Vaccination United Provinces of Agra and Oudh 1914-1922 - 1914-1922
Year: 1914
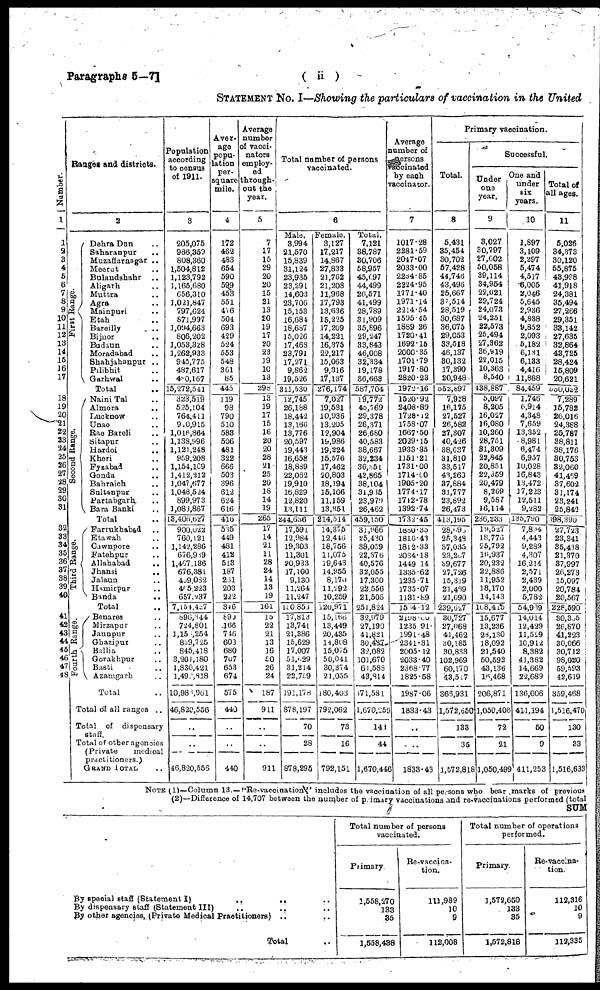
Paragraphs 5—71
( ii)
STATEMENT No. I—Showing the particulars of vaccination in the United
Number.
1
1
2 3
4
5
6
7
8
9
10
11 12
13
14
15
16
17
18
19
20
21
22
23
24
25
26
27
28
29
30
31
32
33
34
35
36
37
38
39
40
41
42
43
44
45
46
47
48
Ranges and districts.
2
First Range.
Second Range.
Third Range.
Fourth Range.
Dehra Dun ..
Saharanpur ..
Muzaffarnagar ..
Meerut ..
Bulandshahr ..
Aligarh ..
Muttra ..
Agra ..
Mainpuri ..
Etah ..
Bareilly
..
Bijnor ..
Budaun ..
Moradabad ..
Shahjahanpur ..
Pilibhit ..
Garhwal ..
Total ..
Naini Tal ..
Almora ..
Lucknow ..
Unao ..
Rae Bareli ..
Sitapur ..
Hardoi ..
Kheri ..
Fyzabad ..
Gonda ..
Bahraich ..
Sultanpur ..
Partabgarh ..
Bara Banki ..
Total ..
Farrukhabad ..
Etawah ..
Cawnpore ..
Fatehpur ..
Allahabad ..
Jhansi
..
Jalaun ..
Humirpur ..
Binda
..
Total ..
Benares ..
Mirzapur
Jaunpur ..
Ghazipur ..
Ballia ..
Gorakhpur ..
Basti ..
Azamgarh ..
Total ..
Total of all ranges ..
Total of dispensary
staff.
Total of other agencies
(Private medical
practitioners.)
GRAND TOTAL ..
Population
according
to census
of 1911.
3
205,075
986,359
808,360
1,504,812
1,123,792
1,165,680
656,310
1,021,847
797,624
871,997
1,094,663
806,202
1,053,328
1,262,933
945,775
487,617
480,167
15,272,541
323,519
525,104
764,411
910,915
1,016,864
1,138,996
1,121,248
959,208
1,154,109
1,412,212
1,041,677
1,048,524
899,973
1,083,867
13,406,627
900,022
760,121
1,142,286
676,939
1,467,136
676,381
409,082
465,223
657,237
7, 154,427
896,344
724,801
1,155,254
839,725
845,418
3,201,180
1,830,421
1,492,818
10,986,961
46,820,556
..
..
46,820,556
Aver¬
age
popu-
lation
per¬
square
mile.
4
172
462
483
654
590
599
453
551
476
504
693
429
524
553
548
361
85
445
119
98
790
510
583
506
481
322
666
503
396
612
624
616
416
535
449
481
412
513
187
261
203
222
346
890
166
746
603
680
707
653
674
575
440
..
..
440
Average
number
of vacci¬
nators
employ-
ed
through-
out the
year.
5
7
17
15
29
20
20
15
21
13
20
19
17
20
23
19
10
13
298
13
19
17
15
16
20
20
28
21
25
20
18
14
19
265
17
14
21
11
28
24
14
13
19
161
15
22
21
13
16
50
26
24
187
911
..
..
911
Total number of persons
vaccinated.
6
Male.
3,994
21,570
15,839
31,124
23,935
23,291
14,603
23,706
15,153
16,684
18,687
15,026
17,468
23,791
17,271
9,862
19,526
311,530
12,745
26,188
18,442
13,166
13,776
20,597
19,443
16,658
18,889
22,062
19,910
16,829
12,820
13,111
244,636
17,591
12,984
19,303
11,301
20,933
17,100
9,130
11,264
11,247
130,853
17,813
13,741
21,386
15,629
17,007
51,629
31,214
22,759
191,178
878,197
70
28
878,295
Female.
3,127
17,217
14,867
27,833
21,762
21,208
11,968
17,793
13,636
15,225
17,209
14,221
16,375
22,217
15,063
9,316
17,137
276,174
7,027
19,581
10,936
13,205
12,904
19,986
19,224
15,576
17,462
20,803
18,194
15,106
11,159
13,351
214,514
14,375
12,446
18,756
11,075
19,643
14,955
8,170
11,292
10,259
120,971
15,166
13,449
20,435
14,808
15,075
50,041
30,374
21,055
180,403
792,062
73
16
792,151
Total.
7,121
38,787
30,706
58,957
45,697
44,499
26,571
41,499
28,789
31,909
35,896
29,247
33,843
46,008
32,334
19,178
36,663
587,704
19,772
45,769
29,378
26,371
26,680
40,583
38,667
32,234
36,351
42,865
38,104
31,935
23,979
26,462
459,150
31,966
25,430
38,059
22,376
40,576
32,055
17,300
22,556
21,506
251,824
32,979
27,190
41,821
30,437
32,082
101,670
61,588
43,814
67l,58l
1,670,259
141
44
1,670,446
Average
number of
persons
vaccinated
by each
vaccinator.
7
1017.28
2281.59
2047.07
2033.00
2284.85
2224.95
1771.40
1971.14
2214.54
1595.45
1889.26
1720.41
1692.15
2000.35
1701.79
1917.80
2820.23
1972.16
1520.92
2408.89
1728.12
1758.07
1667.50
2029.15
1933.35
1151.21
1731.00
1714.60
1905.20
1774.17
1712.78
1392.74
1732.45
1880,35
1816.43
1812.33
2034.18
1449.14
1335.62
1235.71
1735.07
1131.89
1554.12
2189.00
1235.91
1991.48
2341.31
2005.12
2033.40
2368.77
1825.58
1987.06
1833.43
..
..
1833.43
Primary vaccination.
Total.
8
5,431
35,454
30,702
57,428
44,746
43,496
25,667
37,514
28,519
30,687
36,075
29,053
33,518
46,137
30,132
17,390
20,948
552,897
7,928
16,175
27,527
26,582
27,307
40,426
38,637
31,810
33,517
43,260
37,884
31,777
23,892
26,473
413,195
28,695
25,348
37,035
23,267
39,677
27,726
15,319
21,469
21,090
239,627
30,727
27,068
41,462
30,185
30,833
102,969
60,170
43,517
366,931
1,572,650
133
35
1,572.818
Successful.
Under
one
year.
9
3,027
30,797
27,602
50,058
39,114
34,954
22,021
29,724
24,073
24,251
22,573
25,494
27,362
36,919
22,015
10,363
8,540
438,887
5,097
8,205
16,027
16,080
10,260
28,751
31,309
22,845
20,851
22,359
20,479
8,269
9,587
16,114
236,233
19,527
18,776
25,792
16,937
20,232
22,886
11,952
18,170
14,143
168,415
15,677
13,236
28,130
18,092
21,540
50,592
43,136
16,468
206,871
1,050,406
72
21
l,050,499
One and
under
six
years.
10
1,897
3,109
2,297
5,474
4,517
6,005
2,046
5,645
2,936
4,838
9,852
2,093
5,182
6,131
6,133
4,416
11,888
84,459
1,746
6,9l4
4,348
7,659
13,352
8,981
6,474
6,957
10,028
16,843
13,472
3 7,223
12,511
9,282
135,790
7,894
4,443
9,289
4,307
16,214
2,571
2,439
2,000
5,782
54,939
14,014
12,429
11,529
10,912
8,382
41,382
14,669
22,689
136,006
411,194
50
9
411,253
Total of
all ages.
11
5,026
34,373
30,120
55,875
48,998
41,918
24,381
35,494
27,266
29,351
33,142
27,635
32,864
43,725
28,424
15,809
20,621
550,022
7,289
15,782
26,016
24,388
25,787
38,811
38,176
30,753
32,060
41,469
37,602
31,174
23,241
25,842
198,390
27,723
23,341
35,438
21,370
37,997
26,273
15,097
20,784
20,567
228,590
30,355
26,870
41,223
30,066
30,712
98,020
59,593
42,619
359,468
1,516,470
130
33
1,516,633
NOTE (1)—Column 13.— "Re-vaccination" includes the vaccination of all persons who bear ,marks of previous
(2)—Difference of 14,707 between the number of primary vaccinations and re-vaccinations performed (total
SUM
By special staff (Statement I)
..
.. ..
By dispensary staff (Statement III) .. ..
By other agencies, (Private Medical Practitioners) .. ..
Total ..
Total number of persons
vaccinated.
Primary.
1,558,270
133
35
1,558,438
Re-vaccina-
tion.
111,989
10
9
112,008
Total number of operations
performed.
Primary.
1,572,650
133
35
1,572,818
Re-vaccina¬
tion.
112,316
10
9
112,335